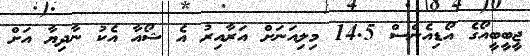
ޖީބީބީއޯގެ އޯޑިއެންސް 14.5 މިލިއަނަށް އަރާއިރު އެ ޝޯއާ އެކު ނާދިޔާ އަށް